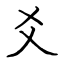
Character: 爻